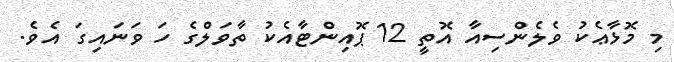
މި މޮޅާޢެކު ވެލެންސިއާ އޮތީ 12 ޕޮއިންޓާއެކު ތާވަލްގެ ހަ ވަނައިގަ އެވެ.